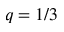
q = 1 / 3